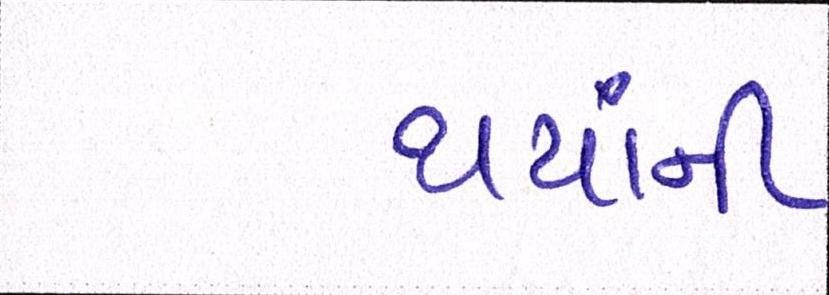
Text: થયાંની